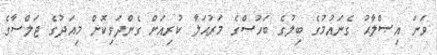
ވަނަ އިޞްލާޙު ގެނައުމުގެ ބިލުގެ ބަހުސްގެ މަރުޙަލާ ކުރިއަށް ގެންދަވިކޮށް މިއަދުގެ ޖަލްސާގެ